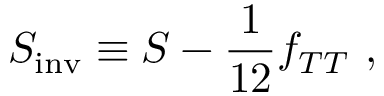
S _ { \mathrm { i n v } } \equiv S - { \frac { 1 } { 1 2 } } f _ { T T } \ ,